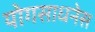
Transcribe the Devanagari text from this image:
योगसाधनेस